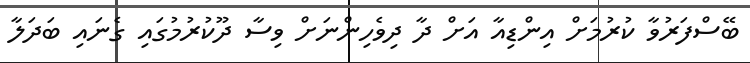
ބޭސްފަރުވާ ކުރުމަށް އިންޑިއާ އަށް ދާ ދިވެހިންނަށް ވިސާ ދޫކުރުމުގައި ގެނައި ބަދަލާ